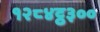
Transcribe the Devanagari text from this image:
१२८४ट्ठ३००